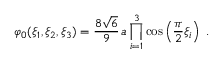
\varphi _ { 0 } ( \xi _ { 1 } , \xi _ { 2 } , \xi _ { 3 } ) = \frac { 8 \sqrt { 6 } } { 9 } \, a \prod _ { i = 1 } ^ { 3 } \cos \left( \frac { \pi } { 2 } \xi _ { i } \right) \; .